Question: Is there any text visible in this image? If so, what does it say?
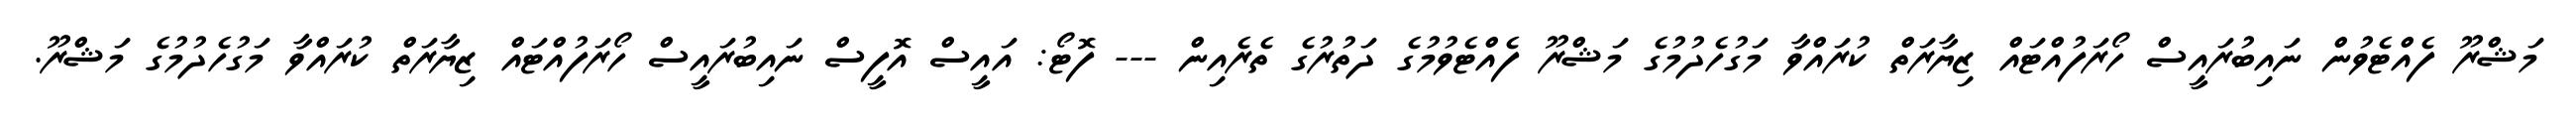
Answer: މަޝްރޫ ފެއްޓެވުން ނައިބުރައީސް ހޯރަފުއްޓައް ޒިޔާރަތް ކުރައްވާ މަގުހެދުމުގެ މަޝްރޫ ފެއްޓެވުމުގެ ދަތުރުގެ ތެރެއިން --- ފޮޓޯ: އައީސް އޮފީސް ނައިބުރައީސް ހޯރަފުއްޓައް ޒިޔާރަތް ކުރައްވާ މަގުހެދުމުގެ މަޝްރޫ.